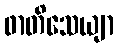
ဖာတိသေယျာ